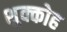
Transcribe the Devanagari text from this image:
शुक्कोह